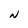
Character: N